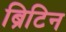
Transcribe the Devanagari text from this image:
ब्रिटिन